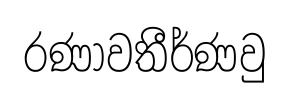
රණාවතීර්ණවු